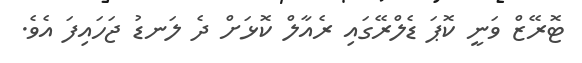
ޓޮރޭޒް ވަނީ ކޮޕަ ޑެލްރޭގައި ރެއާލް ކޮޅަށް ދެ ލަނޑު ޖަހައިފަ އެވެ.